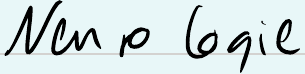
Neurologie